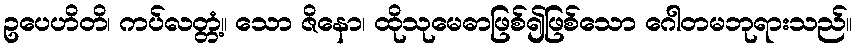
ဥပေဟိတိ၊ ကပ်လတ္တံ့။ သော ဇိနော၊ ထိုသုမေဓာဖြစ်၍ဖြစ်သော ဂေါတမဘုရားသည်။